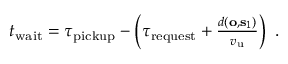
\begin{array} { r } { t _ { \mathrm { w a i t } } = \tau _ { \mathrm { p i c k u p } } - \left( \tau _ { \mathrm { r e q u e s t } } + \frac { d ( \mathbf { o } , \mathbf { s } _ { 1 } ) } { v _ { \mathrm { u } } } \right) \, \, . } \end{array}